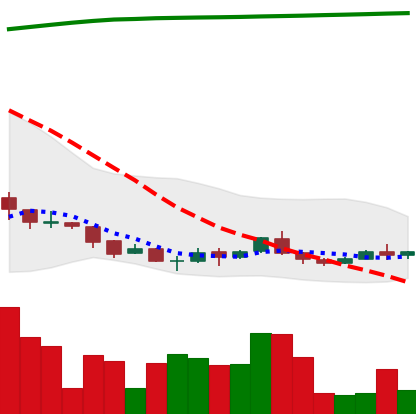
Ticker: ADA-USD
Chart end date: 2018-04-10
Forward return: 41.602%
Label: up_7plus